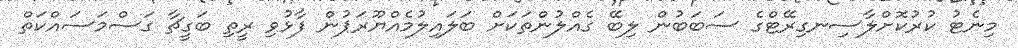
މިނެޓު ކުރުކޮށްލާސިނގިރޭޓްގެ ސަބަބުން ލިބޭ ގެއްލުންތަކަށް ބަލައިލުމެއްޔޫރަޕުން ފާޅުވި ރީތި ބަގީޗާ ގަސްމަސައްކަތް